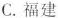
C. 福建